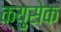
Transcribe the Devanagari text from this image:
क्युसेक